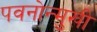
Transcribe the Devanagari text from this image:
पवनोन्मुखी